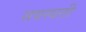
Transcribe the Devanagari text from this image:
सवस्वती